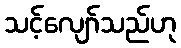
သင့်လျော်သည်ဟု